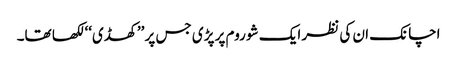
اچانک ان کی نظر ایک شو روم پر پڑی جس پر ’’کھڈی‘‘ لکھا تھا۔